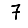
Digit: 7